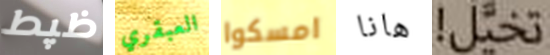
ظپط العبقري امسكوا هانا تخيل!